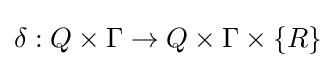
\delta :Q\times \Gamma \to Q\times \Gamma \times \{R\}